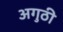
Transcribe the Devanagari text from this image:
अगुठी